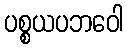
ပစ္စယပဘဝေါ